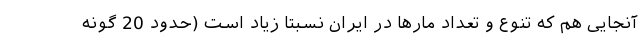
آنجایی هم که تنوع و تعداد مارها در ایران نسبتا زیاد است (حدود 20 گونه